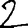
Digit: 2